Sanitation, dispensaries and jails vaccination Rajputana 1922-1927 - 1922-1927
Year: 1922
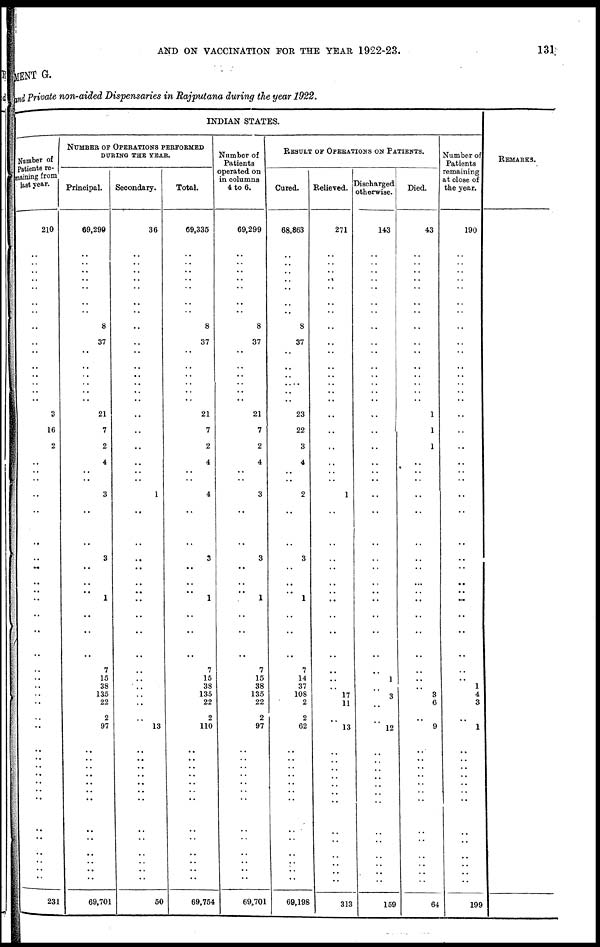
AND ON VACCINATION FOR THE YEAR 1922-23.
131
MENT G.
and Private non-aided Dispensaries in Rajputana during the year 1922.
INDIAN STATES.
Number of
Patients re-
maining from
last year.
210
..
..
..
..
..
..
..
..
..
..
..
..
..
..
3
16
2
..
..
. .
..
..
..
..
..
..
..
..
..
..
..
..
..
..
..
..
..
..
..
. .
. .
..
..
..
..
..
..
..
..
..
..
231
NUMBER OF OPERATIONS PERFORMED
DURING THE YEAR.
Principal.
69,299
..
..
..
..
..
..
..
8
37
..
..
..
..
..
..
21
7
2
4
..
. .
3
..
..
3
..
..
.. 1
..
..
..
7
15
38
135
22
2
97
..
..
..
..
..
..
..
..
..
..
..
..
..
69,701
Secondary.
36
..
..
..
..
..
..
..
..
..
..
..
..
..
..
..
..
..
..
..
..
..
1
..
..
..
..
..
..
..
..
..
..
..
..
..
..
..
..
13
..
. .
..
..
..
..
..
..
..
..
..
..
..
50
Total.
69,335
..
..
..
..
..
..
..
8
37
..
..
..
..
..
..
21
7
2
4
..
..
4
..
..
3
..
..
.. 1
..
..
..
7
15
38
135
22
2
110
..
. .
..
..
..
..
..
..
..
..
..
..
..
69,754
Number of
Patients
operated on
in columns
4 to 6.
69,299
..
..
..
..
..
..
..
8
37
..
..
..
..
..
..
21
7
2
4
..
..
3
..
..
3
..
..
.. 1
..
..
..
7
15
38
135
22
2
97
..
..
..
..
..
..
..
..
..
..
..
..
..
69,701
RESULT OF OPERATIONS ON PATIENTS.
Cured.
68,863
..
..
..
..
..
..
..
8
37
..
..
..
..
..
..
23
22
3
4
..
..
2
..
..
3
..
..
.. 1
..
..
..
7
14
37
108
2
2
62
..
..
..
..
..
..
..
..
..
..
..
..
..
69,198
Relieved
271
..
..
..
..
..
..
..
..
..
..
..
..
..
..
..
..
..
..
..
..
..
1
..
..
..
..
..
..
..
..
..
..
..
..
..
17
11
..
13
..
..
..
..
..
..
..
..
..
..
..
..
..
313
Discharged
otherwise.
143
..
..
..
..
..
..
..
..
..
..
..
..
..
..
..
..
..
..
..
..
..
..
..
..
..
..
..
..
..
..
..
..
1
..
3
..
..
12
..
..
..
..
..
..
..
..
..
..
..
..
..
159
Died.
43
..
..
..
..
..
..
..
..
..
..
..
..
..
..
..
1
1
1
..
..
..
..
..
..
..
..
...
..
..
..
..
..
..
..
..
3
6
..
9
..
..
..
..
..
..
..
..
..
..
..
..
..
64
Number of
Patients
remaining
at close of
the year.
190
..
..
..
..
..
..
..
..
..
..
..
..
..
..
..
..
..
..
..
..
..
..
..
..
..
..
..
..
..
..
..
..
..
1
4
3
..
1
..
.. ..
..
..
..
..
..
..
..
..
..
..
199
REMARKS.